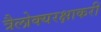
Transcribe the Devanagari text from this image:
त्रैलोक्यरक्षाकरी